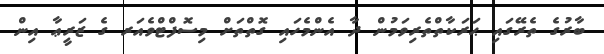
ބާރުގެ ތެރޭގައި ޙަރަކާތްތެރިވަމުން ދާ އެންމެހައި ގޮތްތަށް މިސޮފްޓްވެއަރ ގެ ޒަރީޢާ އިން